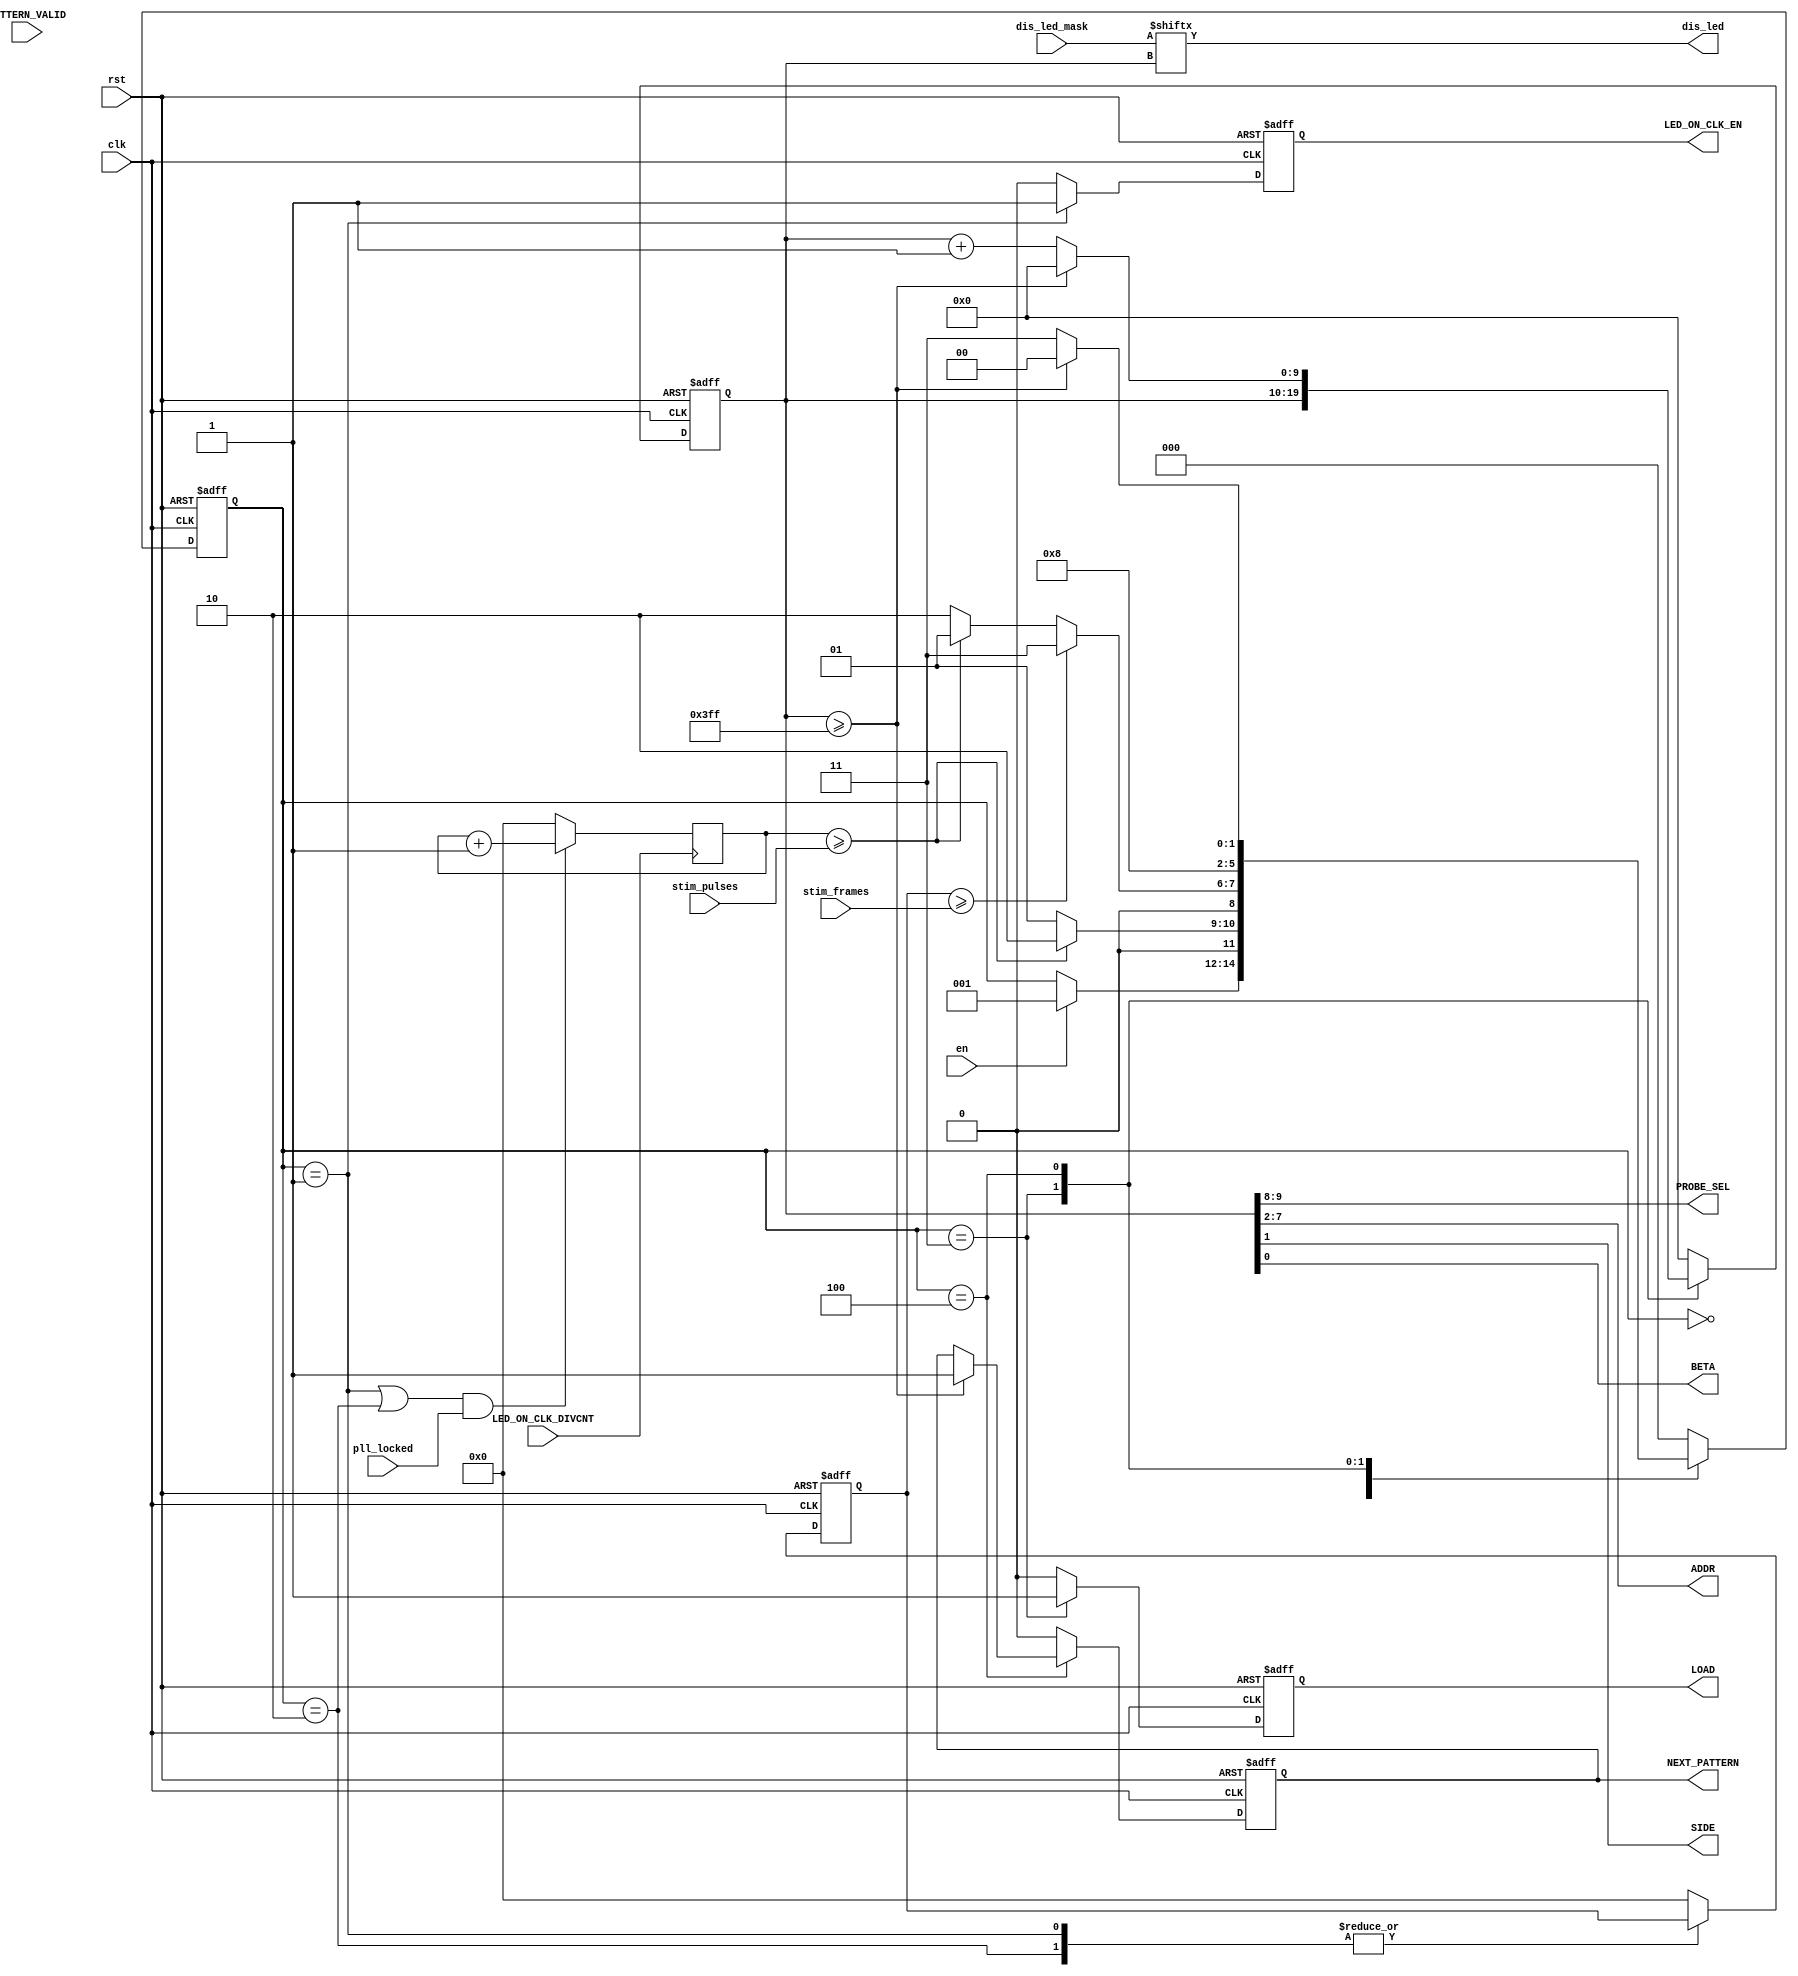
`timescale 1ns / 1ps
//////////////////////////////////////////////////////////////////////////////////
// Company: Columbia U
// 
// Design Name: 
// Module Name:    FSM_v9
// Project Name: 
// Target Devices: 
// Tool versions: 
// Description: 
//
// Dependencies: 
//
// Revision:
//		v1 - [adriaan] 
//////////////////////////////////////////////////////////////////////////////////


module OLEDSTIMFSMv1(
	//out to FPGA
	LED_ON_CLK_EN,		//enable the laser synchronous led emission time gate
	NEXT_PATTERN, 
	
	//out to IC
	dis_led, 			   //1b
	PROBE_SEL, 	//2b
	ADDR, 				//6b
	SIDE,		 			//1b
	BETA,		 			//1b
	LOAD,
	
	//from FPGA
	stim_pulses,                     //the amount of stim pulses to count before resetting the FSM
	stim_frames,                    //the amount of frames to count before rese
	dis_led_mask,
	PATTERN_VALID,					//
	pll_locked,
	LED_ON_CLK_DIVCNT,     //prescaled clock
	en,				//fsm enable
	clk,			//FSM switching clock
	rst			//reset
);


//output to fpga
output reg LED_ON_CLK_EN; 
output reg NEXT_PATTERN;
output reg LOAD;

//ouptut to IC
output wire [1:0] PROBE_SEL;
output wire [5:0] ADDR;
output wire SIDE;
output wire BETA;
output wire dis_led;


//input
input wire en;
input wire clk;
input wire rst;
input wire PATTERN_VALID;
input wire pll_locked;
input wire LED_ON_CLK_DIVCNT;
input wire [31:0] stim_pulses;
input wire [31:0] stim_frames;
input wire [1023:0] dis_led_mask;

//states
parameter IDLE = 3'b000;
parameter STIM = 3'b001;
parameter REST = 3'b010;
parameter SET_LOAD = 3'b011;
parameter NEXT_PIX = 3'b100;

//internals
reg [31:0] pulses_cnt;
reg [31:0] frames_cnt;
reg [9:0] readfromADDR;
reg [3:0] dataSettleCounter;

//state internal
reg [2:0] state;
assign PROBE_SEL = readfromADDR[9:8];
assign ADDR = readfromADDR[7:2];
assign SIDE = readfromADDR[1];
assign BETA = readfromADDR[0];
assign dis_led = dis_led_mask[readfromADDR];

//sequential logic
always @(posedge clk or posedge rst) begin
	if(rst) begin
		//outputs
		LED_ON_CLK_EN  <= 1'b0;
		NEXT_PATTERN  <= 1'b0;
		LOAD  <= 1'b0;
		
		//internals
		readfromADDR 	<= 10'b0;
		frames_cnt 	<= 32'b0;
		dataSettleCounter 	<= 4'b0;
		
		//state
		state <= IDLE;
	end
	
	else begin
	
		case(state)
			IDLE: begin
				//outputs
				LED_ON_CLK_EN 	<= 1'b0;
				NEXT_PATTERN  <= 1'b0;
				LOAD  <= 1'b0;
				
				//internals
				readfromADDR 	<= 10'b0;
				frames_cnt 	<= 32'b0;
				dataSettleCounter 	<= 4'b0;
		
				//state
				if(en) begin
					state <= STIM;
				end
			end
			
			
			STIM: begin  //record for designated periods_cnt and move on. otherwise stay in state.
				//outputs
				LED_ON_CLK_EN 	<= 1'b1;
				NEXT_PATTERN  <= 1'b0;
				LOAD  <= 1'b0;
				
				//internals				
				readfromADDR 			<= 10'b0;
				dataSettleCounter 	<= 4'b0;
				
				//state
				if((pulses_cnt >= stim_pulses)) begin //when # of pulses is reached
					state <= REST;
				end else begin
					state <= STIM;
				end
			end
			

			REST: begin //rest for designated periods_cnt and return to STIM while 
				//outputs
				LED_ON_CLK_EN 	<= 1'b0;
				NEXT_PATTERN  <= 1'b0;							
				LOAD  <= 1'b0;
				
				//internals				
				readfromADDR 	<= 10'b0;
				dataSettleCounter 	<= 4'b0;
				
				//state
				if((frames_cnt >= stim_frames)) begin   //when # of frames is reached, need to go to flash next pattern
					state <= SET_LOAD;
					
				end else begin
						if((pulses_cnt >= stim_pulses)) begin //when # of pulses is reached
								state <= STIM;
						end else begin
								state <= REST; //stay in rest
						end
				end
			end
					
			SET_LOAD: begin //send request for data to IC. This is technically a 3-state process (request, sample, send&next)  combined into 2 states
				//outputs
				LED_ON_CLK_EN <= 1'b0;
				NEXT_PATTERN	<= 1'b0;
				
				//internals				
				frames_cnt 	<= 32'b0;
				
				//state
//					if (dataSettleCounter >= data_wait_cycles) begin
						LOAD <= 1'b1;									//Assert LOAD to flash DIS_LED and PIX_OFF, asserted 1 clock cycle after ADDR, only on the first frame in the pattern
						state <= NEXT_PIX;
//					end else begin
//						dataSettleCounter <= dataSettleCounter + 1'b1;
//						state <= SET_LOAD;
//					end
			end
			
			
			NEXT_PIX: begin //send data to FIFO, loop to new address
				//outputs
				LED_ON_CLK_EN <= 1'b0;
				LOAD <= 1'b0;
				
				//internals
				dataSettleCounter <= 4'b0;
				frames_cnt 	<= 32'b0;
								
				//state and internals
				if(readfromADDR >= 10'd1023) begin //when the final address is surpassed. This ensures READ_PIX state will still be reached for pixel 1023
					readfromADDR <= 10'b0;    // go back to first pixel
					NEXT_PATTERN	<= 1'b1;    // request new pattern from FIFOc
					state <= IDLE;
				end else begin
					readfromADDR <= readfromADDR + 1'b1; //send new address to the IC to settle for new data request
					state <= SET_LOAD;
				end 
			end
			
			
						
						
			default: begin //same behaviour as reset clause
				//outputs
				LED_ON_CLK_EN 	<= 1'b0;
				LOAD <= 1'b0;
				NEXT_PATTERN	<= 1'b0;
				
				//internals
				readfromADDR 	<= 10'b0;
				frames_cnt 	<= 32'b0;
				dataSettleCounter 	<= 4'b0;
				
				//state
				state <= IDLE;
			end
			
		endcase
	end
end

//counter for the number of windows that have been
//because SPAD_ON_CLK and LED_ON_CLK are synchronous, we just count on SPAD_ON_CLK
always @(posedge LED_ON_CLK_DIVCNT) begin
	if (((state == STIM) || (state == REST)) && (pll_locked == 1'b1)) begin
		pulses_cnt <= pulses_cnt + 1;
	end else begin
		pulses_cnt <= 32'b0;
	end
end

endmodule